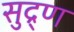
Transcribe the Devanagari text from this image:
सुद्र्ण